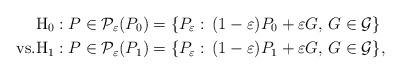
LaTeX: \begin{align*} & \mathrm{H}_0: P\in \mathcal{P}_\varepsilon(P_0) = \{P_\varepsilon:\, (1-\varepsilon)P_0+\varepsilon G, \, G \in \mathcal{G}\} \\ \mathrm{vs.} & \mathrm{H}_1: P\in \mathcal{P}_\varepsilon(P_1) = \{P_\varepsilon:\, (1-\varepsilon)P_1+\varepsilon G, \, G \in \mathcal{G}\}, \end{align*}